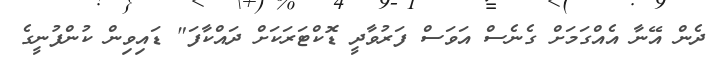
ދެން އޭނާ އެއްގަމަށް ގެނެސް އަވަސް ފަރުވާދީ ޑޮކްޓަރަކަށް ދައްކާފަ" ޑައިވިން ކުންފުނީގެ